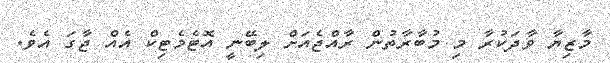
މާޒިޔާ ވާދަކުރާ މި މުބާރާތުން ރާއްޖެއަށް ލިބޭނީ އޮޓެމެޓިކް އެއް ޖާގަ އެވެ.